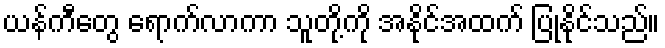
ယန်ကီတွေ ရောက်လာကာ သူတို့ကို အနိုင်အထက် ပြုနိုင်သည်။